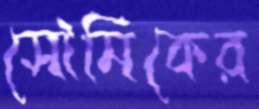
সৌমিকের